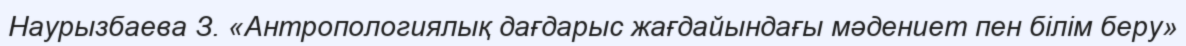
Наурызбаева З. «Антропологиялық дағдарыс жағдайындағы мәдениет пен білім беру»